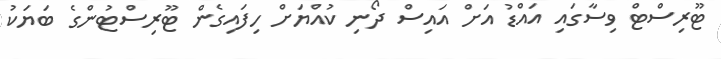
ޓޫރިސްޓް ވިސާގައި އައްޑު އަށް އައިސް ދޯނި ކުއްޔަށް ހިފައިގެން ޓޫރިސްޓުންގެ ބަޔަކު